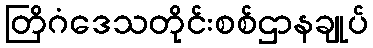
တြိဂံဒေသတိုင်းစစ်ဌာနချုပ်